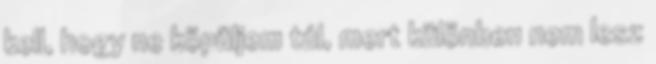
kell, hogy ne köpüljem túl, mert különben nem lesz